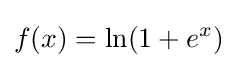
f(x)=\ln(1+e^{x})